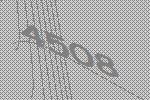
4508